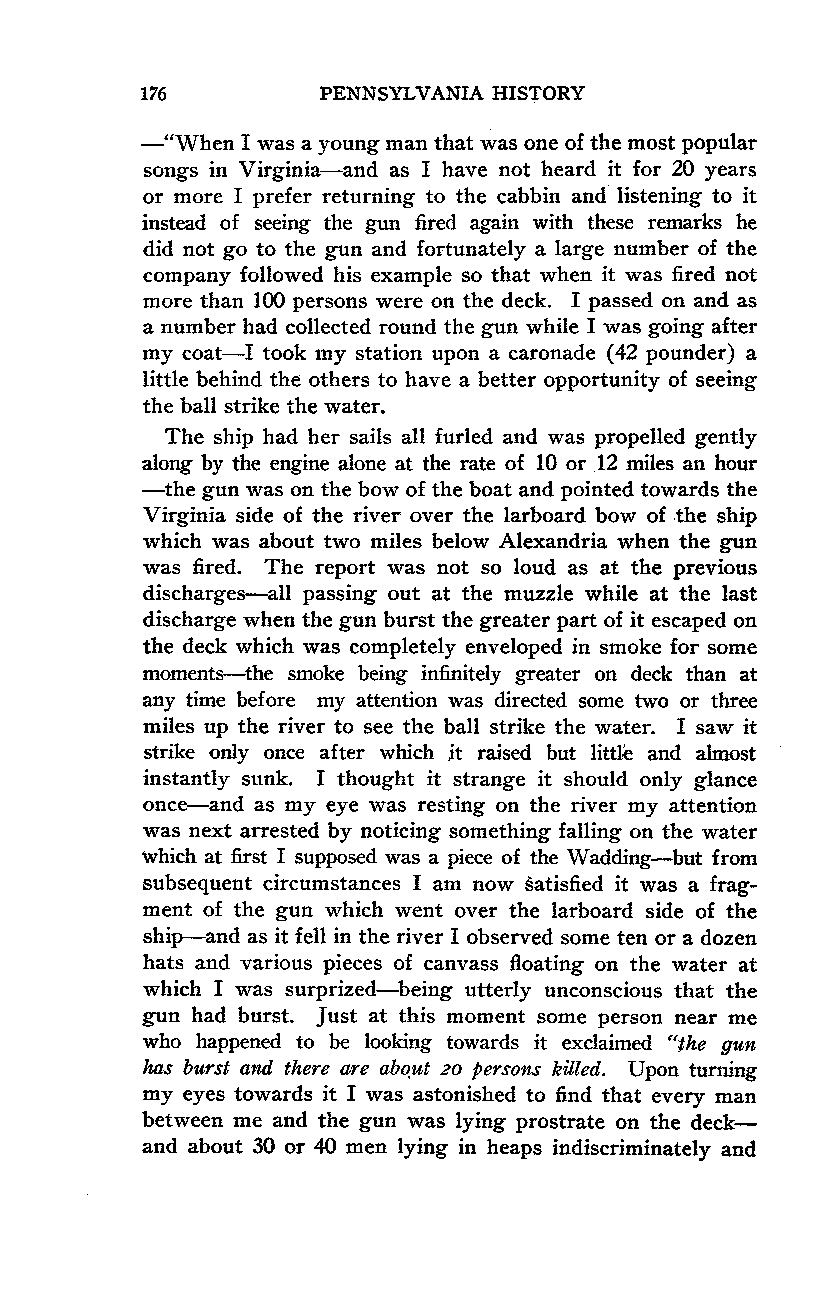
176         PENNSYLVANIA HISTORY
 -"When I was a young man that was one of the most popular
 songs in Virginia-and as I have not heard it for 20 years
 or more I prefer returning to the cabbin and listening to it
 instead of seeing the gun fired again with these remarks he
 did not go to the gun and fortunately a large number of the
 company followed his example so that when it was fired not
 more than 100 persons were on the deck. I passed on and as
 a number had collected round the gun while I was going after
 my coat-I took my station upon a caronade (42 pounder) a
 little behind the others to have a better opportunity of seeing
 the ball strike the water.
 The ship had her sails all furled and was propelled gently
 along by the engine alone at the rate of 10 or 12 miles an hour
 -the gun was on the bow of the boat and pointed towards the
 Virginia side of the river over the larboard bow of the ship
 which was about two miles below Alexandria when the gun
 was fired. The report was not so loud as at the previous
 discharges-all passing out at the muzzle while at the last
 discharge when the gun burst the greater part of it escaped on
 the deck which was completely enveloped in smoke for some
 moments-the smoke being infinitely greater on deck than at
 any time before my attention was directed some two or three
 miles up the river to see the ball strike the water. I saw it
 strike only once after which it raised but little and almost
 instantly sunk. I thought it strange it should only glance
 once-and as my eye was resting on the river my attention
 was next arrested by noticing something falling on the water
 which at first I supposed was a piece of the Wadding-but from
 subsequent circumstances I am now satisfied it was a frag-
 ment of the gun which went over the larboard side of the
 ship-and as it fell in the river I observed some ten or a dozen
 hats and various pieces of canvass floating on the water at
 which I was surprized-being utterly unconscious that the
 gun had burst. Just at this moment some person near me
 who happened to be looking towards it exclaimed "the gun
 has burst and there are about 20 persons killed. Upon turning
 my eyes towards it I was astonished to find that every man
 between me and the gun was lying prostrate on the deck-
 and about 30 or 40 men lying in heaps indiscriminately and